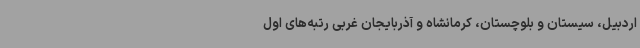
اردبیل، سیستان و بلوچستان، کرمانشاه و آذربایجان غربی رتبه‌های اول